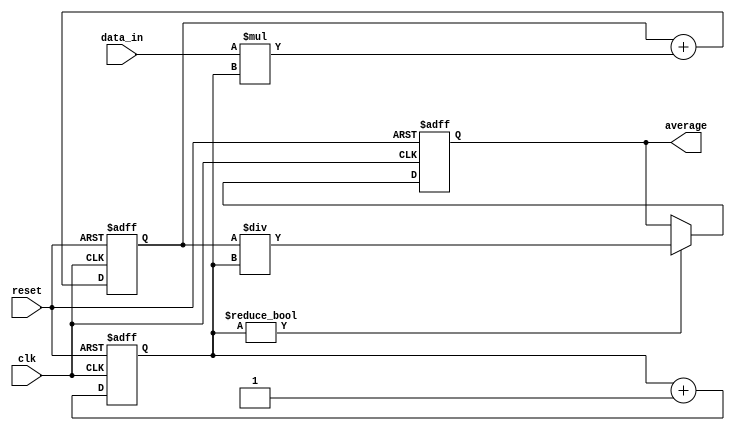
module weighted_moving_average_accumulator (
    input wire clk,
    input wire reset,
    input wire [7:0] data_in,
    output reg [15:0] average
);

reg [15:0] weighted_sum;
reg [15:0] total_weight;

always @(posedge clk or posedge reset) begin
    if (reset) begin
        weighted_sum <= 0;
        total_weight <= 0;
        average <= 0;
    end else begin
        weighted_sum <= (weighted_sum + data_in * total_weight);
        total_weight <= (total_weight + 1);
    
        if (total_weight != 0) begin
            average <= weighted_sum / total_weight;
        end
    end
end

endmodule